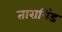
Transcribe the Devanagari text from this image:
तारापिंड